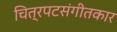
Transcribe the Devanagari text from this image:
चित्रपटसंगीतकार